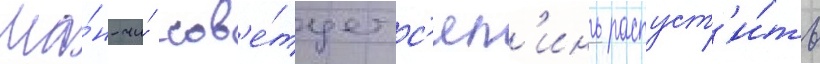
Ша́н-чи́ сов'е́тует с'ял'инь распуст'и́ть